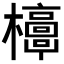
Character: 𣠐